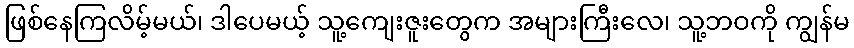
ဖြစ်နေကြလိမ့်မယ်၊ ဒါပေမယ့် သူ့ကျေးဇူးတွေက အများကြီးလေ၊ သူ့ဘဝကို ကျွန်မ